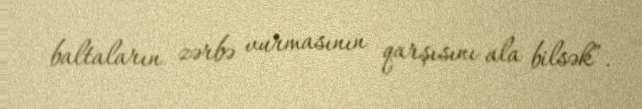
baltaların zərbə vurmasının qarşısını ala bilsək”.